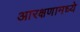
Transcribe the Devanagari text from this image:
आरक्षणामध्ये